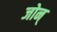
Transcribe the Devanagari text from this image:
जोन्